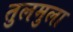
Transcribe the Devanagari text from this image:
तुलमुला